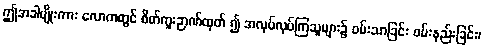
ဤအခါမျိုးကား လောကတွင် စိတ်ကူးဉာဏ်ထုတ် ၍ အလုပ်လုပ်ကြသူများ၌ ဝမ်းသာခြင်း ဝမ်းနည်းခြင်း၊